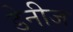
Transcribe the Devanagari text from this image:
डेनीज